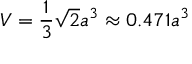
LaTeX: V = { \frac { 1 } { 3 } } { \sqrt { 2 } } a ^ { 3 } \approx 0 . 4 7 1 a ^ { 3 }